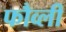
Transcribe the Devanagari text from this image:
फौव्ली